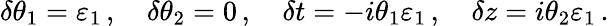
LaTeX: \delta\theta_{1}=\varepsilon_{1}\, ,\quad\delta\theta_{2}=0\, ,\quad\delta t=-i\theta_{1}\varepsilon_{1}\, ,\quad\delta z=i\theta_{2}\varepsilon_{1}\, .